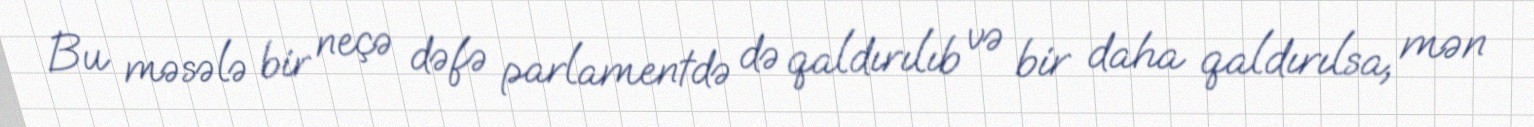
Bu məsələ bir neçə dəfə parlamentdə də qaldırılıb və bir daha qaldırılsa, mən